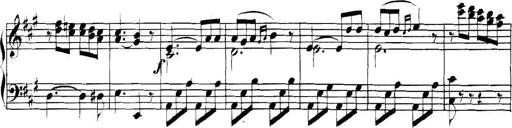
Title: Collected Piano Sonatas
Composer: Muzio Clementi